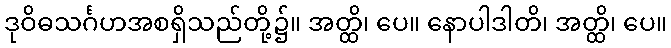
ဒုဝိဓသင်္ဂဟအစရှိသည်တို့၌။ အတ္ထိ၊ ပေ။ နောပါဒါတိ၊ အတ္ထိ၊ ပေ။